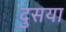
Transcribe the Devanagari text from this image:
दुसया